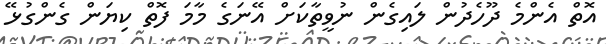
އޮތް އެންމެ ދޫހެދުން ލައިގެން ނުވީތާކަށް އޭނަގެ މާމަ ފޮތް ކިޔަން ގެންގުޅޭ